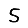
Digit: 5